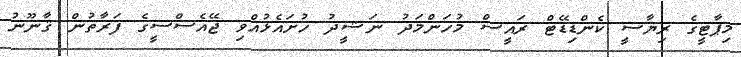
މިޕާޓީގެ ރިޔާސީ ކެންޑިޑޭޓް ރައީސް މުހަންމަދު ނަޝީދު ހުށައެޅުއްވި ޖޭއެސްސީގެ ފަރާތުން ޤާނޫނު